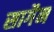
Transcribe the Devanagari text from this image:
सागैन